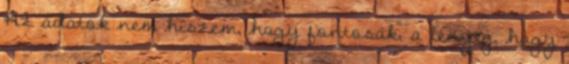
Az adatok nem hiszem, hogy fontosak, a lényeg, hogy